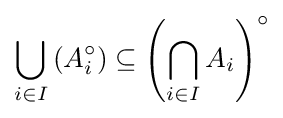
\bigcup _{i\in I}\left(A_{i}^{\circ }\right)\subseteq \left(\bigcap _{i\in I}A_{i}\right)^{\circ }